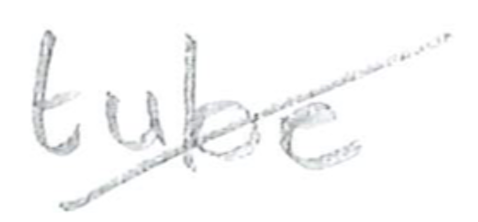
Text: tube
Cross-out: diagonal
Writing tool: pencil